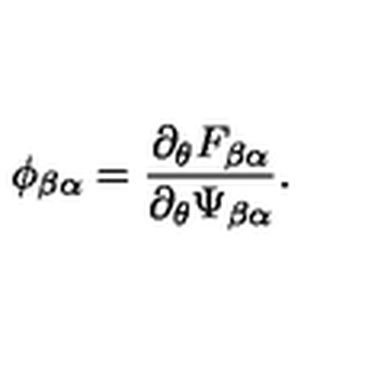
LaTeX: \phi _ { \beta \alpha } = \frac { \partial _ { \theta } F _ { \beta \alpha } } { \partial _ { \theta } \Psi _ { \beta \alpha } } .